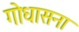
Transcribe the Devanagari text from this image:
गोधासना